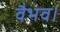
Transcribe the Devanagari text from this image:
वैभव।